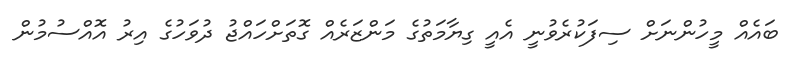
ބައެއް މީހުންނަށް ސިފަކުރެވުނީ އެއީ ގިޔާމަތުގެ މަންޒަރެއް ގޮތަށްހައްޖު ދުވަހުގެ އިރު އޮއްސުމުން